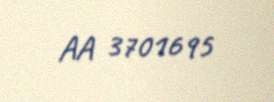
AA 3701695